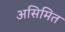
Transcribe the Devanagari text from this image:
असिमित